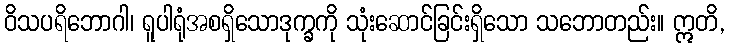
ဝိသပရိဘောဂါ၊ ရူပါရုံအစရှိသောဒုက္ခကို သုံးဆောင်ခြင်းရှိသော သဘောတည်း။ ဣတိ,